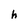
Character: h